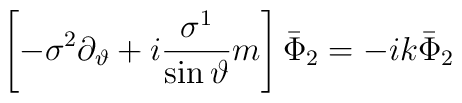
\left[ -\sigma ^2\partial _\vartheta +i\frac{\sigma ^1}{\sin\vartheta }m\right] \bar \Phi _2=-ik\bar \Phi _2